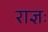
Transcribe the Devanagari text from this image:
राज्ञः